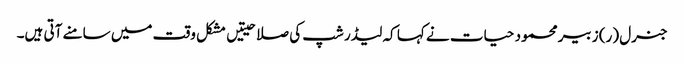
جنرل (ر) زبیر محمود حیات نے کہا کہ لیڈر شپ کی صلاحیتیں مشکل وقت میں سامنے آتی ہیں۔